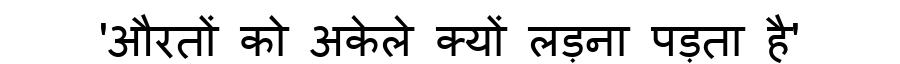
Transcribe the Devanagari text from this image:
'औरतों को अकेले क्यों लड़ना पड़ता है'